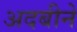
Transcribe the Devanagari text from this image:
अदबीने